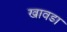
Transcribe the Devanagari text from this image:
खावडा